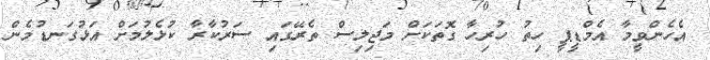
އެހެންވީމާ އެމްޑީޕީ ހިތު ހުރިހާ ގޮތަކަށް މަޖިލިސް ތެރޭގައި ސަރުކާރާ ކުޅެލުމަށް އަޅުގަނޑުމެން